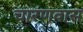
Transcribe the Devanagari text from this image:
चारणवास